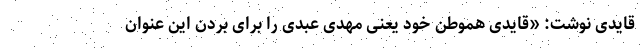
قایدی نوشت: «قایدی هموطن خود یعنی مهدی عبدی را برای بردن این عنوان